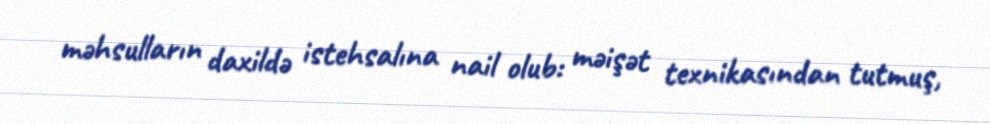
məhsulların daxildə istehsalına nail olub: məişət texnikasından tutmuş,